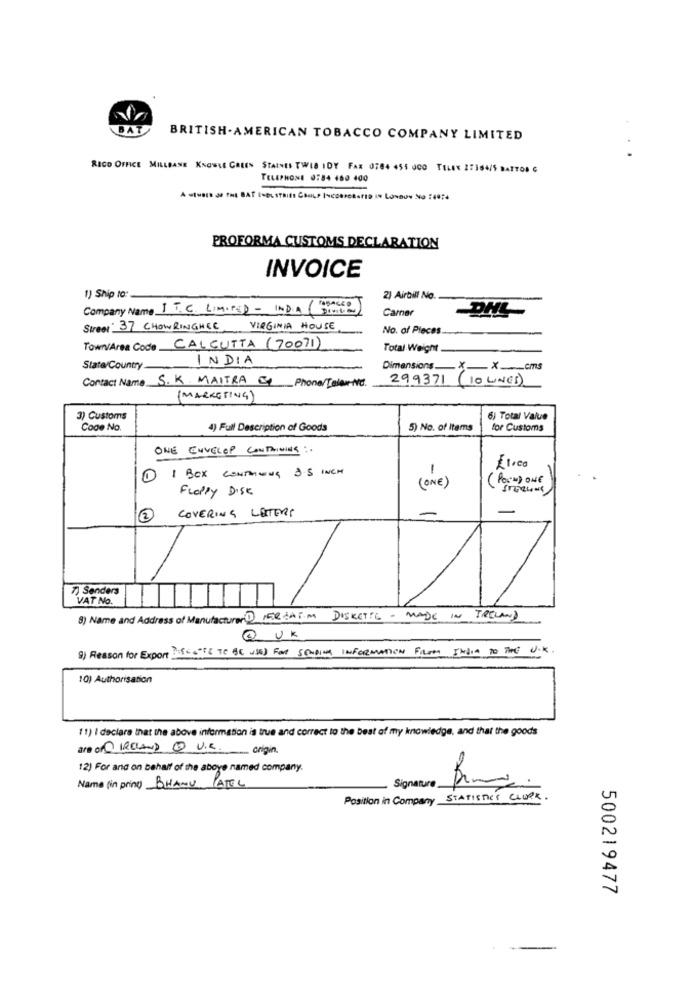
BA
BRITISH. AMERICAN TOBACCO COMPANY LIMITED
RICO OFFICE MILLBANE KNOWLE GREEN STAINES TWIS IDY FAR 0784 455 JCO TELEK 27364/5 BATTOS G
TELEPHONE 0784 100 400
PROFORMA CUSTOMS DECLARATION
INVOICE
1) Ship to:
2) Airbill No.
Company Name IT.C. LIMITED - INDIA DIVIL
Camner
DNL
Street: 37 CHOWRINGHER, VIRGINIA HOUSE
No. of Pieces.
Town/Area Code CALCUTTA (70071)
Total Weight
INDIA
State/Country
Dimensions_ X_ X_ cms
299371
(10 UNGS)
Contact Name S.K. MAITRA I Phone/Taler-NC.
(MARKETING)
3) Customs
6) Total Value
Code No.
4) Full Description of Goods
5) No. of Items
for Customs
ONE ENVELOP CONTAINING :.
1 I BOX CONTAINING 2.5 INCH
( POSH) ONE
Floppy DISK
( ONE )
COVERING LETTERS
7) Sanders
VAT No.
8) Name and Address of Manufacturer DERZATIM DISKETTE - MADE IN IRELAND
@ UK
9) Reason for Export BESTE TO BE USED FOR SENDING INFORMATION FROM INDIA TO THE U.K.
10) Authorisation
11) I declare that the above information is true and correct to the best of my knowledge, and that the goods
are of IRELAND @ U.E origin.
12) For and on behalf of the above named company.
Name (in print) BHANU PATEL
Signature
Position in Company STATISTICS CLUPK.
500219477